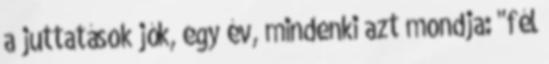
a juttatások jók, egy év, mindenki azt mondja: "fél